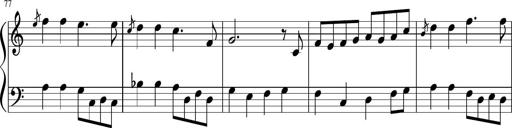
Title: Sonatine Nr.1 in C-Dur
Composer: DÃ©sirÃ©e Manns
Key: C major